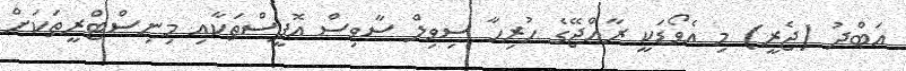
އަބްދު (ޖެރީ) މި އެވޯޑަކީ ރާއްޖޭގެ ހުރިހާ ސިވިލް ސާވިސް އޮފީސްތަކާއި މިނިސްޓްރީތަކަށް